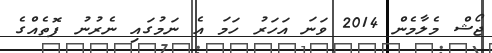
ޖޯޝް މެލާމެން 2014 ވަނަ އަހަރު ހަމަ އެ ނަމުގައި ނެރުނު ފޮތެއްގެ